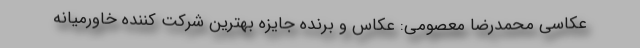
عکاسی محمدرضا معصومی: عکاس و برنده جایزه بهترین شرکت کننده خاورمیانه